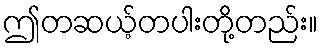
ဤတဆယ့်တပါးတို့တည်း။